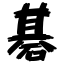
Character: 碁